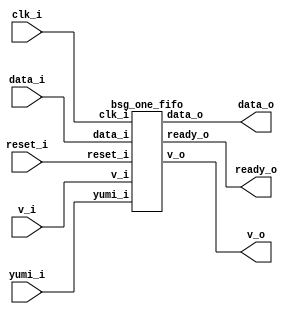
// This program was cloned from: https://github.com/chipsalliance/UHDM-integration-tests
// License: Apache License 2.0



module top
(
  clk_i,
  reset_i,
  ready_o,
  data_i,
  v_i,
  v_o,
  data_o,
  yumi_i
);

  input [15:0] data_i;
  output [15:0] data_o;
  input clk_i;
  input reset_i;
  input v_i;
  input yumi_i;
  output ready_o;
  output v_o;

  bsg_one_fifo
  wrapper
  (
    .data_i(data_i),
    .data_o(data_o),
    .clk_i(clk_i),
    .reset_i(reset_i),
    .v_i(v_i),
    .yumi_i(yumi_i),
    .ready_o(ready_o),
    .v_o(v_o)
  );


endmodule



module bsg_dff_reset_width_p1
(
  clk_i,
  reset_i,
  data_i,
  data_o
);

  input [0:0] data_i;
  output [0:0] data_o;
  input clk_i;
  input reset_i;
  wire [0:0] data_o;
  reg data_o_0_sv2v_reg;
  assign data_o[0] = data_o_0_sv2v_reg;

  always @(posedge clk_i) begin
    if(reset_i) begin
      data_o_0_sv2v_reg <= 1'b0;
    end else if(1'b1) begin
      data_o_0_sv2v_reg <= data_i[0];
    end 
  end


endmodule



module bsg_dff_en_width_p16_harden_p0
(
  clk_i,
  data_i,
  en_i,
  data_o
);

  input [15:0] data_i;
  output [15:0] data_o;
  input clk_i;
  input en_i;
  wire [15:0] data_o;
  reg data_o_15_sv2v_reg,data_o_14_sv2v_reg,data_o_13_sv2v_reg,data_o_12_sv2v_reg,
  data_o_11_sv2v_reg,data_o_10_sv2v_reg,data_o_9_sv2v_reg,data_o_8_sv2v_reg,
  data_o_7_sv2v_reg,data_o_6_sv2v_reg,data_o_5_sv2v_reg,data_o_4_sv2v_reg,data_o_3_sv2v_reg,
  data_o_2_sv2v_reg,data_o_1_sv2v_reg,data_o_0_sv2v_reg;
  assign data_o[15] = data_o_15_sv2v_reg;
  assign data_o[14] = data_o_14_sv2v_reg;
  assign data_o[13] = data_o_13_sv2v_reg;
  assign data_o[12] = data_o_12_sv2v_reg;
  assign data_o[11] = data_o_11_sv2v_reg;
  assign data_o[10] = data_o_10_sv2v_reg;
  assign data_o[9] = data_o_9_sv2v_reg;
  assign data_o[8] = data_o_8_sv2v_reg;
  assign data_o[7] = data_o_7_sv2v_reg;
  assign data_o[6] = data_o_6_sv2v_reg;
  assign data_o[5] = data_o_5_sv2v_reg;
  assign data_o[4] = data_o_4_sv2v_reg;
  assign data_o[3] = data_o_3_sv2v_reg;
  assign data_o[2] = data_o_2_sv2v_reg;
  assign data_o[1] = data_o_1_sv2v_reg;
  assign data_o[0] = data_o_0_sv2v_reg;

  always @(posedge clk_i) begin
    if(en_i) begin
      data_o_15_sv2v_reg <= data_i[15];
      data_o_14_sv2v_reg <= data_i[14];
      data_o_13_sv2v_reg <= data_i[13];
      data_o_12_sv2v_reg <= data_i[12];
      data_o_11_sv2v_reg <= data_i[11];
      data_o_10_sv2v_reg <= data_i[10];
      data_o_9_sv2v_reg <= data_i[9];
      data_o_8_sv2v_reg <= data_i[8];
      data_o_7_sv2v_reg <= data_i[7];
      data_o_6_sv2v_reg <= data_i[6];
      data_o_5_sv2v_reg <= data_i[5];
      data_o_4_sv2v_reg <= data_i[4];
      data_o_3_sv2v_reg <= data_i[3];
      data_o_2_sv2v_reg <= data_i[2];
      data_o_1_sv2v_reg <= data_i[1];
      data_o_0_sv2v_reg <= data_i[0];
    end 
  end


endmodule



module bsg_one_fifo
(
  clk_i,
  reset_i,
  ready_o,
  data_i,
  v_i,
  v_o,
  data_o,
  yumi_i
);

  input [15:0] data_i;
  output [15:0] data_o;
  input clk_i;
  input reset_i;
  input v_i;
  input yumi_i;
  output ready_o;
  output v_o;
  wire [15:0] data_o;
  wire ready_o,v_o,N0,N1,_0_net_,N2,N3,_1_net_;

  bsg_dff_reset_width_p1
  dff_full
  (
    .clk_i(clk_i),
    .reset_i(reset_i),
    .data_i(_0_net_),
    .data_o(v_o)
  );


  bsg_dff_en_width_p16_harden_p0
  dff
  (
    .clk_i(clk_i),
    .data_i(data_i),
    .en_i(_1_net_),
    .data_o(data_o)
  );

  assign _0_net_ = (N0)? N3 : 
                   (N1)? v_i : 1'b0;
  assign N0 = v_o;
  assign N1 = N2;
  assign ready_o = ~v_o;
  assign N2 = ~v_o;
  assign N3 = ~yumi_i;
  assign _1_net_ = v_i & ready_o;

endmodule